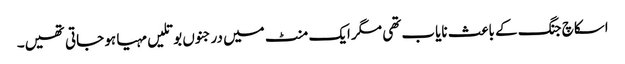
اسکاچ جنگ کے باعث نایاب تھی مگر ایک منٹ میں درجنوں بوتلیں مہیا ہو جاتی تھیں۔